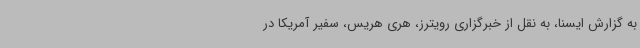
به گزارش ایسنا، به نقل از خبرگزاری رویترز، هری هریس، سفیر آمریکا در